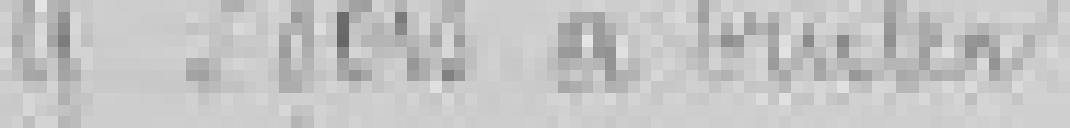
9. Bois à brûler